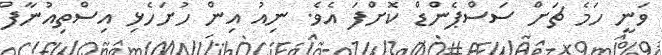
ވަނީ ހަމެ ޗަށް ސަސްޕެންޑް ކޮށްފަ އެވެ. ނިއު އިން ހުށަހެޅި އިސްތިއުނާފް